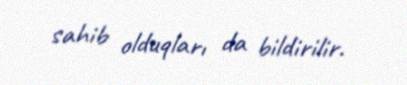
sahib olduqları da bildirilir.